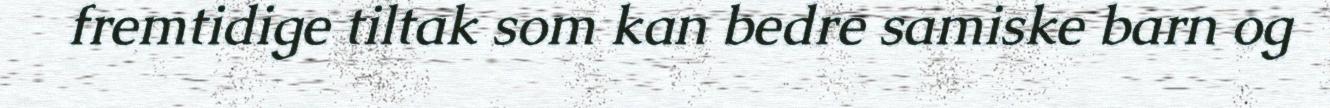
fremtidige tiltak som kan bedre samiske barn og